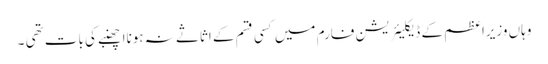
وہاں وزیراعظم کے ڈیکلیئریشن فارم میں کسی قسم کے اثاثے نہ ہونااچھنبے کی بات تھی ۔